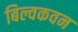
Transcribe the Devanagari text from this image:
बिल्वकवन